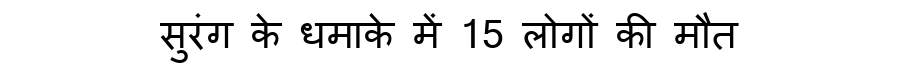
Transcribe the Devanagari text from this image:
सुरंग के धमाके में 15 लोगों की मौत